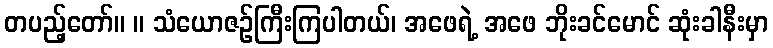
တပည့်တော်။ ။ သံယောဇဉ်ကြီးကြပါတယ်၊ အဖေရဲ့ အဖေ ဘိုးခင်မောင် ဆုံးခါနီးမှာ